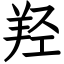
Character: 羟